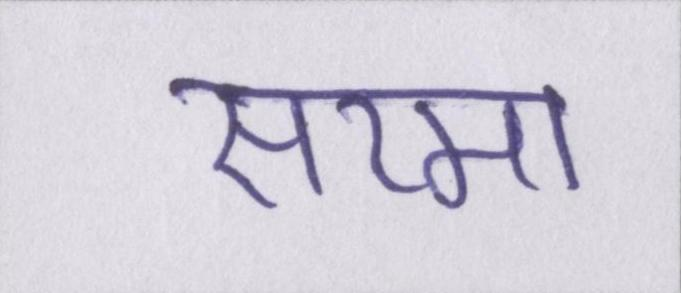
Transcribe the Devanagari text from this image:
सरमा